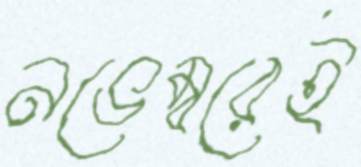
নভেম্বরেই